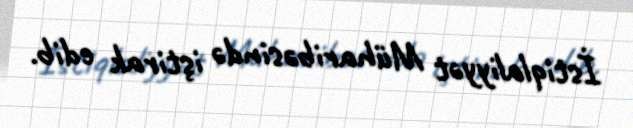
İstiqlaliyyət Müharibəsində iştirak edib.